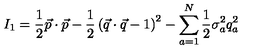
I _ { 1 } = \frac { 1 } { 2 } \vec { p } \cdot \vec { p } - \frac { 1 } { 2 } \left( \vec { q } \cdot \vec { q } - 1 \right) ^ { 2 } - \sum _ { a = 1 } ^ { N } \frac { 1 } { 2 } \sigma _ { a } ^ { 2 } q _ { a } ^ { 2 }